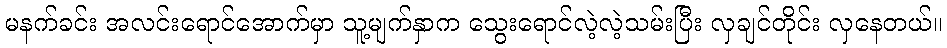
မနက်ခင်း အလင်းရောင်အောက်မှာ သူ့မျက်နှာက သွေးရောင်လဲ့လဲ့သမ်းပြီး လှချင်တိုင်း လှနေတယ်။